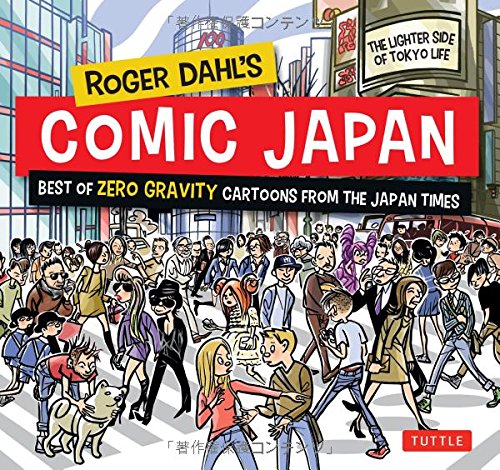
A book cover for Roger Dahl's Comic Japan: Best of Zero Gravity Cartoons from The Japan Times-The Lighter Side of Tokyo Life; Roger Dahl; Travel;